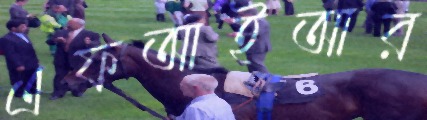
এফআইআর